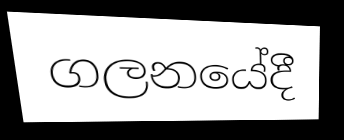
ගලනයේදී